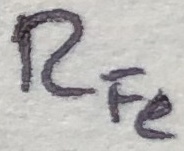
Text: RFe